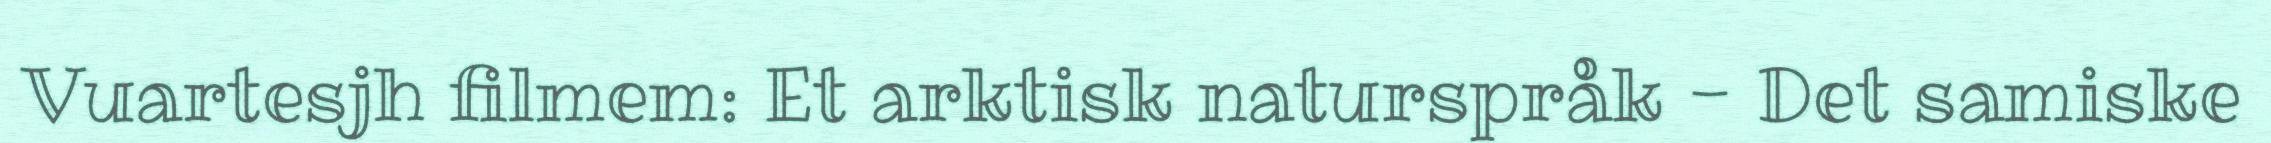
Vuartesjh filmem: Et arktisk naturspråk - Det samiske